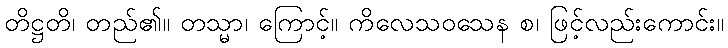
တိဋ္ဌတိ၊ တည်၏။ တသ္မာ၊ ကြောင့်။ ကိလေသဝသေန စ၊ ဖြင့်လည်းကောင်း။